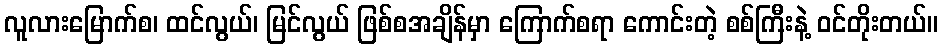
လူလားမြောက်စ၊ ထင်လွယ်၊ မြင်လွယ် ဖြစ်စအချိန်မှာ ကြောက်စရာ ကောင်းတဲ့ စစ်ကြီးနဲ့ ဝင်တိုးတယ်။